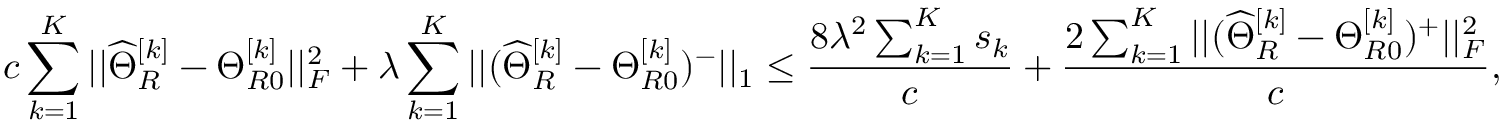
c \sum _ { k = 1 } ^ { K } | | \widehat { \Theta } _ { R } ^ { [ k ] } - \Theta _ { R 0 } ^ { [ k ] } | | _ { F } ^ { 2 } + \lambda \sum _ { k = 1 } ^ { K } | | ( \widehat { \Theta } _ { R } ^ { [ k ] } - \Theta _ { R 0 } ^ { [ k ] } ) ^ { - } | | _ { 1 } \leq \frac { 8 \lambda ^ { 2 } \sum _ { k = 1 } ^ { K } s _ { k } } { c } + \frac { 2 \sum _ { k = 1 } ^ { K } | | ( \widehat { \Theta } _ { R } ^ { [ k ] } - \Theta _ { R 0 } ^ { [ k ] } ) ^ { + } | | _ { F } ^ { 2 } } { c } ,